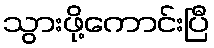
သွားဖို့ကောင်းပြီ